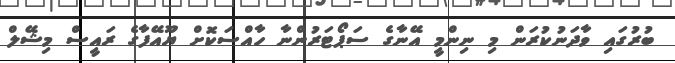
ބުރުގައި ވާދަނުކުރަން މި ނިންމީ އޭނާގެ ސަޕޯޓަރުންނާ ހާއްސަކޮށް ޔޫއޭފާގެ ރައީސް މިޝޭލް